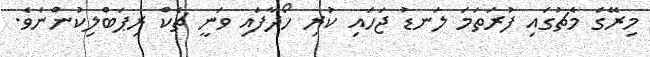
މިރޭގެ މެޗުގައި ފުރަތަމަ ލަނޑު ޖަހައި ކުރި ހޯދާފައި ވަނީ ޗެކް ރިޕަބްލިކުންނެވެ.